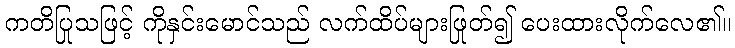
ကတိပြုသဖြင့် ကိုနှင်းမောင်သည် လက်ထိပ်များဖြုတ်၍ ပေးထားလိုက်လေ၏။